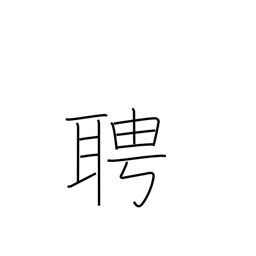
Meaning: invite